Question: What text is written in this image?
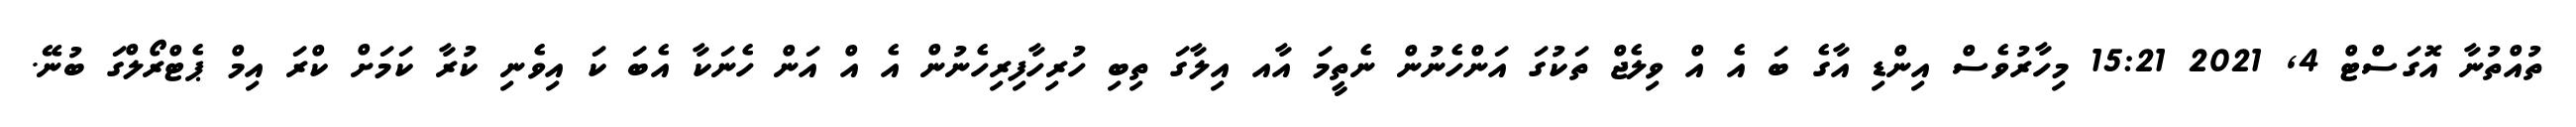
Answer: ތުއްތުނާ އޮގަސްޓް 4, 2021 15:21 މިހާރުވެސް އިންޑި އާގެ ބަ އެ އް ވިލެޖް ތަކުގަ އަންހެނުން ނެތީމަ އާއ އިލާގަ ތިބި ހުރިހާފިރިހެނުން އެ އް އަން ހެނަކާ އެބަ ކަ އިވެނި ކުރާ ކަމަށް ކްރަ އިމް ޕެޓްރޯލްގަ ބުނޭ.